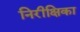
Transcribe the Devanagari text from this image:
निरीक्षिका